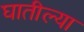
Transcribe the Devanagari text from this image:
घातील्या